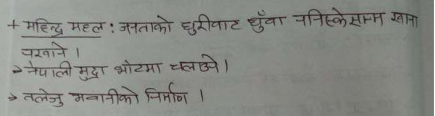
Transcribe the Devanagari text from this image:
+ महेन्द्र महल : जनताको घुरीवाट धुँवा ननिस्केसम्म खाना
परवाने ।
> नेपाली मुद्रा भोटमा चलाउने ।
> तलेजु भवानीको निर्माण ।